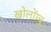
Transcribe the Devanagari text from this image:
खोलोंग्चू